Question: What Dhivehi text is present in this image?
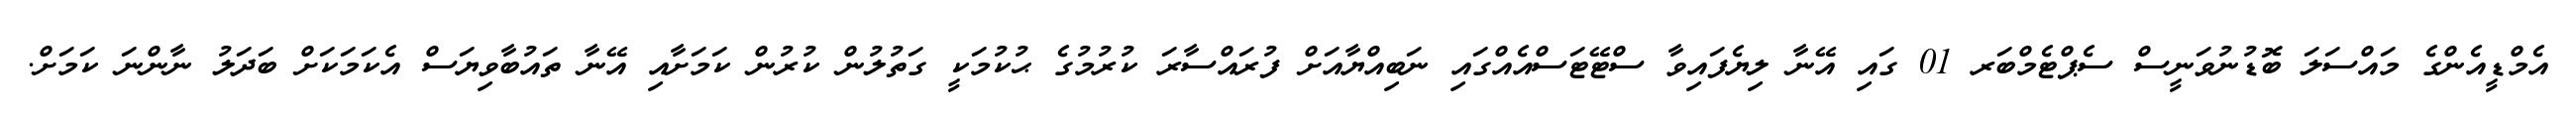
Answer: އެމްޑީއެންގެ މައްސަލަ ބޮޑުނުވަނީސް ސެޕްޓެމްބަރ 01 ގައި އޭނާ ލިޔެފައިވާ ސްޓޭޓަސްއެއްގައި ނަބިއްޔާއަށް ފުރައްސާރަ ކުރުމުގެ ޙުކުމަކީ ގަތުލުން ކުރުން ކަމަށާއި އޭނާ ތައުބާވިޔަސް އެކަމަކަށް ބަދަލު ނާންނަ ކަމަށް.